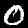
Digit: 0